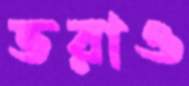
ভরাও